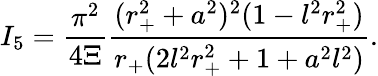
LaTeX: I_{5}=\frac{\pi^{2}}{4\Xi}\frac{(r_{+}^{2}+a^{2})^{2}(1-l^{2}r_{+}^{2})}{r_{+}(2l^{2}r_{+}^{2}+1+a^{2}l^{2})}.